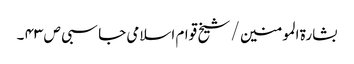
بشارۃ المومنین / شیخ قوام اسلامی جاسبی ص ۴۳ ۔